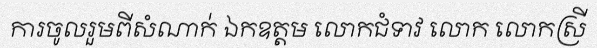
ការចូលរួមពីសំណាក់ ឯកឧត្តម លោកជំទាវ លោក លោកស្រី